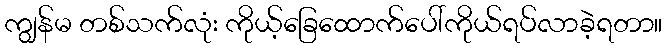
ကျွန်မ တစ်သက်လုံး ကိုယ့်ခြေထောက်ပေါ်ကိုယ်ရပ်လာခဲ့ရတာ။